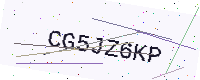
Text: CG5JZ6KP